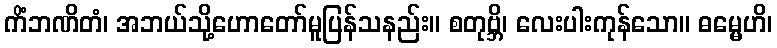
ကိံဘဏိတံ၊ အဘယ်သို့ဟောတော်မူပြန်သနည်း။ စတုဗ္ဘိ၊ လေးပါးကုန်သော။ ဓမ္မေဟိ၊